Treatise on elephants
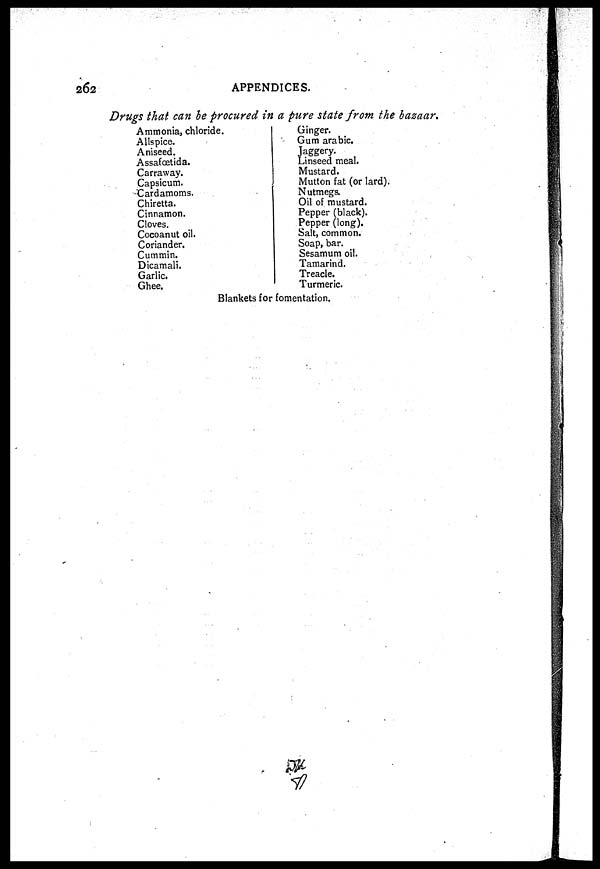
262
APPENDICES.
Drugs that can be procured in a pure state from the bazaar.
Ammonia, chloride.
Allspice.
Aniseed.
Assafoetida.
Carraway.
Capsicum.
Cardamoms.
Chiretta.
Cinnamon.
Cloves.
Cocoanut oil.
Coriander.
Cummin.
Dicamali.
Garlic.
Ghee.
Ginger.
Gum arabic.
Jaggery.
Linseed meal.
Mustard.
Mutton fat (or lard
Nutmegs.
Oil of mustard.
Pepper (black).
Pepper (long).
Salt, common.
Soap, bar.
Sesamum oil.
Tamarind.
Treacle.
Turmeric.
Blankets for fomentation.